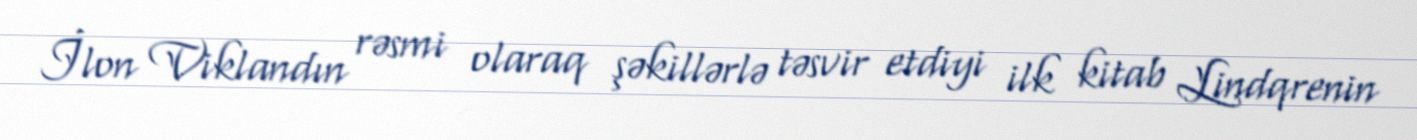
İlon Viklandın rəsmi olaraq şəkillərlə təsvir etdiyi ilk kitab Lindqrenin